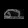
Digit: ၈